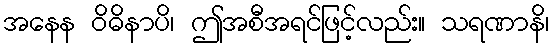
အနေန ဝိဓိနာပိ၊ ဤအစီအရင်ဖြင့်လည်း။ သရဏာနိ၊